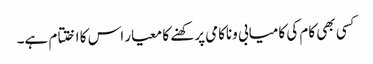
کسی بھی کام کی کامیابی وناکامی پرکھنے کا معیار اس کا اختتام ہے۔